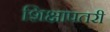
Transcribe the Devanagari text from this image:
शिक्षापतरी